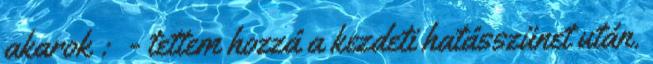
akarok : - tettem hozzá a kezdeti hatásszünet után.